Civil Veterinary Department Bihar reports 1936-40 - 1936-1940
Year: 1936
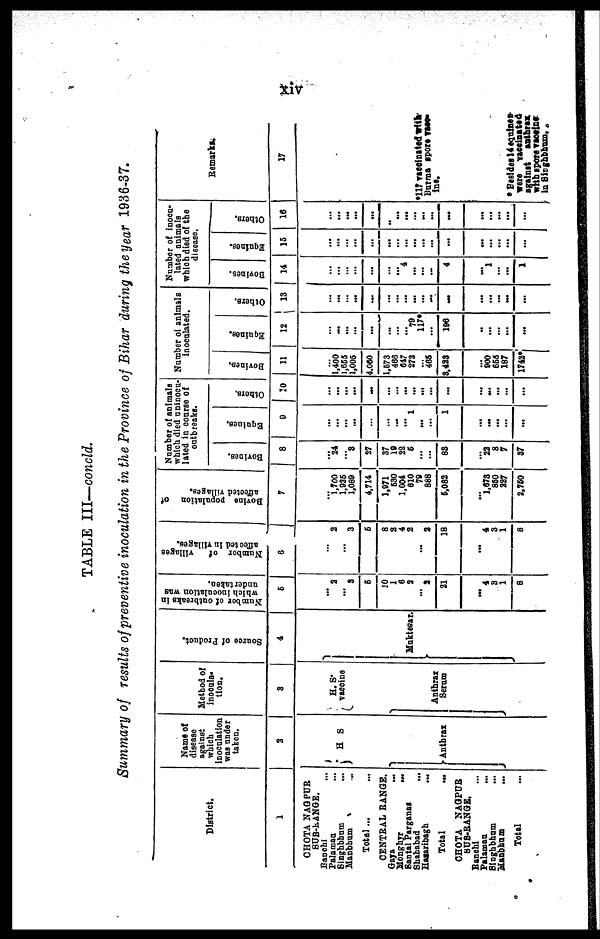
xiv
TABLE III—concld.
Summary of results of preventive inoculation in the Province of Bihar during they year 1936-37.
District.
1
CHOTA NAGPUR
SUB-KANGE.
Ranchi ...
Palamau ...
Singhbhum ...
Manbhum ...
Total ... ...
CENTRAL RANGE.
Gaya ...
Monghyr
...
Santal Parganas
Shahabad
...
Hazaribagh
...
Total
...
CHOTA NAGPUR
SUB-RANGE.
Ranchi ...
Palamau ...
Singhbhum ...
Manbhum ...
Total …
Name of
disease
against
which
inoculation
was under
taken.
2
H S
Anthrax
Method of
inocula-
tion.
3
H. S.
vaccine
Anthrax
Serum
Sour ce of Product.
4
Muktesar.
Number of outbreaks in
which inoculation was
undertaken.
5
... 2
... 3
5
10
1
6
3
...
2
21
… 4
3
1
8
Number
of
villages
affected in
villages.
6
... 2
... 3
5
8
2
4
2
…
2
18
...
4
3
1
8
Bovine population of
affected villages.
7
...
1,700
1,925
1,089
4,714
1,071
630
1,004
610
79
888
5,082
… 1,673
850
227
2,750
Number of animals
which died uninocu-
lated in course of
outbreaks.
Bovi nes .
8
…
24
… 3
27
37
19
22
5
...
…
83
… 22
8
7
37
Equi nes .
9
...
…
…
...
…
…
…
… 1
...
…
1
… ...
…
...
...
Ot her s .
10
...
...
…
...
...
…
…
...
…
…
…
...
…
…
…
...
...
Number of animals
inoculated.
Bovi nes .
11
… 1,400
1,655
1,005
4.060
1,573
466
647
272
465
3,423
900
655
187
1742*
Equi nes .
12
…
…
… ...
...
…
…
… 79
117*
…
196
...
… ...
...
Others.
13
…
…
…
...
...
…
...
...
…
…
…
...
…
...
...
...
Number of inocu-
lated animals
which died of the
disease.
Bovi nes .
14
…
…
…
...
...
…
… 4
…
…
…
4
1
…
...
1
Equines.
15
...
...
...
...
…
…
…
…
…
…
...
…
…
...
...
Ot her s.
16
…
...
...
...
...
…
…
...
…
…
…
...
...
...
...
...
Remarks.
17
*117 vaccinated with
Burma spore vacc-
ine.
* Besldes14equines
were
vaccinated
against
anthrax
with spore vaccine
in Singhbhun,